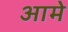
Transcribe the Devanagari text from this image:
आमे